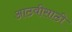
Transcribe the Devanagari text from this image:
आठवीसाठी